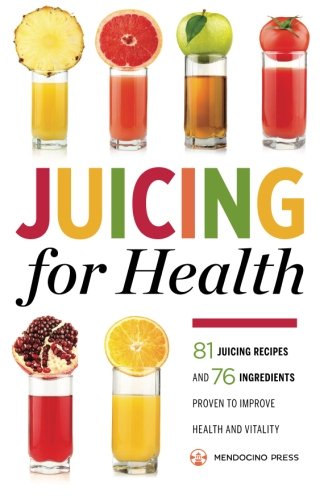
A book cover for Juicing for Health: 81 Juicing Recipes and 76 Ingredients Proven to Improve Health and Vitality; Mendocino Press; Cookbooks, Food & Wine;